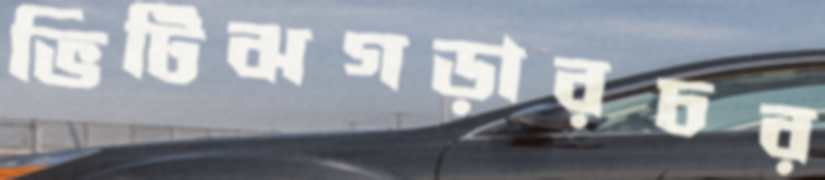
ভিটিঝগড়ারচর